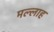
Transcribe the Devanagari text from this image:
मल्‍लाह